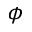
\phi